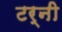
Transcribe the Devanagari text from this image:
टर्नी